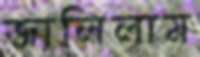
জালিলাম